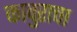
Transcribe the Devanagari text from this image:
कावुराचा